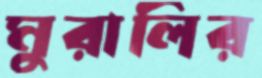
মুরালির